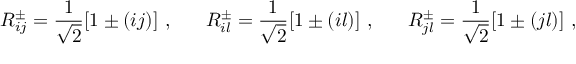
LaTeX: R _ { i j } ^ { \pm } = \frac { 1 } { \sqrt { 2 } } [ 1 \pm ( i j ) ] ~ , ~ ~ ~ ~ ~ R _ { i l } ^ { \pm } = \frac { 1 } { \sqrt { 2 } } [ 1 \pm ( i l ) ] ~ , ~ ~ ~ ~ ~ R _ { j l } ^ { \pm } = \frac { 1 } { \sqrt { 2 } } [ 1 \pm ( j l ) ] ~ ,